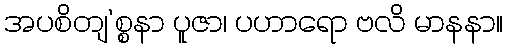
အပစိတျ’စ္စနာ ပူဇာ၊ ပဟာရော ဗလိ မာနနာ။